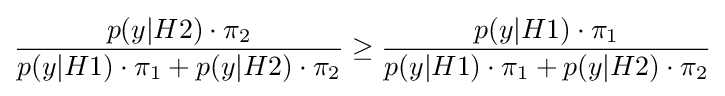
{\frac {p(y|H2)\cdot \pi _{2}}{p(y|H1)\cdot \pi _{1}+p(y|H2)\cdot \pi _{2}}}\geq {\frac {p(y|H1)\cdot \pi _{1}}{p(y|H1)\cdot \pi _{1}+p(y|H2)\cdot \pi _{2}}}